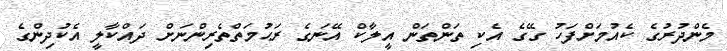
މެންދުރުގެ ކެއުމަށްފަހު ގޭގެ އެކި ތަންތަން އީލާކް އޭނަގެ ރަޙުމަތްތެރިންނަށް ދައްކާލީ އެކުދިންގެ